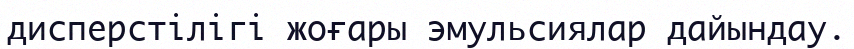
дисперстілігі жоғары эмульсиялар дайындау.